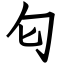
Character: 匂